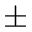
\pm